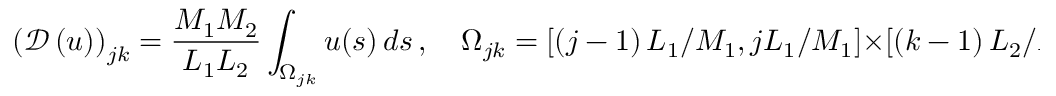
\left( \boldsymbol { \mathcal { D } } \left( u \right) \right) _ { j k } = \frac { M _ { 1 } M _ { 2 } } { L _ { 1 } L _ { 2 } } \int _ { \Omega _ { j k } } u ( \boldsymbol { s } ) \, d \boldsymbol { s } \, , \quad \Omega _ { j k } = \left[ \left( j - 1 \right) L _ { 1 } / M _ { 1 } , j L _ { 1 } / M _ { 1 } \right] \times \left[ \left( k - 1 \right) L _ { 2 } / M _ { 2 } , k L _ { 2 } / M _ { 2 } \right] \, .